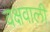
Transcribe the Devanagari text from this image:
वक्षवाली